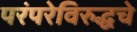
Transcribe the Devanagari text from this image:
परंपरेविरुद्धचे